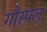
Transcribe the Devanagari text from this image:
गौस्पल